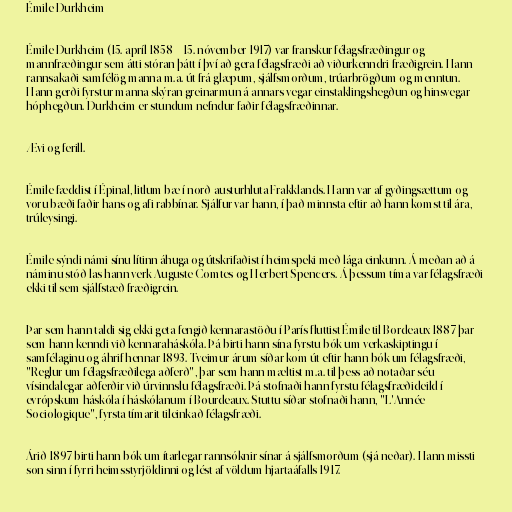
Émile Durkheim

Émile Durkheim (15. apríl 1858 – 15. nóvember 1917) var franskur félagsfræðingur og
mannfræðingur sem átti stóran þátt í því að gera félagsfræði að viðurkenndri fræðigrein. Hann
rannsakaði samfélög manna m.a. út frá glæpum, sjálfsmorðum, trúarbrögðum og menntun.
Hann gerði fyrstur manna skýran greinarmun á annars vegar einstaklingshegðun og hinsvegar
hóphegðun. Durkheim er stundum nefndur faðir félagsfræðinnar.

Ævi og ferill.

Émile fæddist í Épinal, litlum bæ í norð-austurhluta Frakklands. Hann var af gyðingsættum og
voru bæði faðir hans og afi rabbínar. Sjálfur var hann, í það minnsta eftir að hann komst til ára,
trúleysingi.

Émile sýndi námi sínu lítinn áhuga og útskrifaðist í heimspeki með lága einkunn. Á meðan að á
náminu stóð las hann verk Auguste Comtes og Herbert Spencers. Á þessum tíma var félagsfræði
ekki til sem sjálfstæð fræðigrein.

Þar sem hann taldi sig ekki geta fengið kennarastöðu í París fluttist Émile til Bordeaux 1887 þar
sem hann kenndi við kennaraháskóla. Þá birti hann sína fyrstu bók um verkaskiptingu í
samfélaginu og áhrif hennar 1893. Tveimur árum síðar kom út eftir hann bók um félagsfræði,
"Reglur um félagsfræðilega aðferð", þar sem hann mæltist m.a. til þess að notaðar séu
vísindalegar aðferðir við úrvinnslu félagsfræði. Þá stofnaði hann fyrstu félagsfræðideild í
evrópskum háskóla í háskólanum í Bourdeaux. Stuttu síðar stofnaði hann, "L'Année
Sociologique", fyrsta tímarit tileinkað félagsfræði.

Árið 1897 birti hann bók um ítarlegar rannsóknir sínar á sjálfsmorðum (sjá neðar). Hann missti
son sinn í fyrri heimsstyrjöldinni og lést af völdum hjartaáfalls 1917.